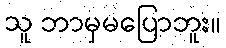
သူ ဘာမှမပြောဘူး။